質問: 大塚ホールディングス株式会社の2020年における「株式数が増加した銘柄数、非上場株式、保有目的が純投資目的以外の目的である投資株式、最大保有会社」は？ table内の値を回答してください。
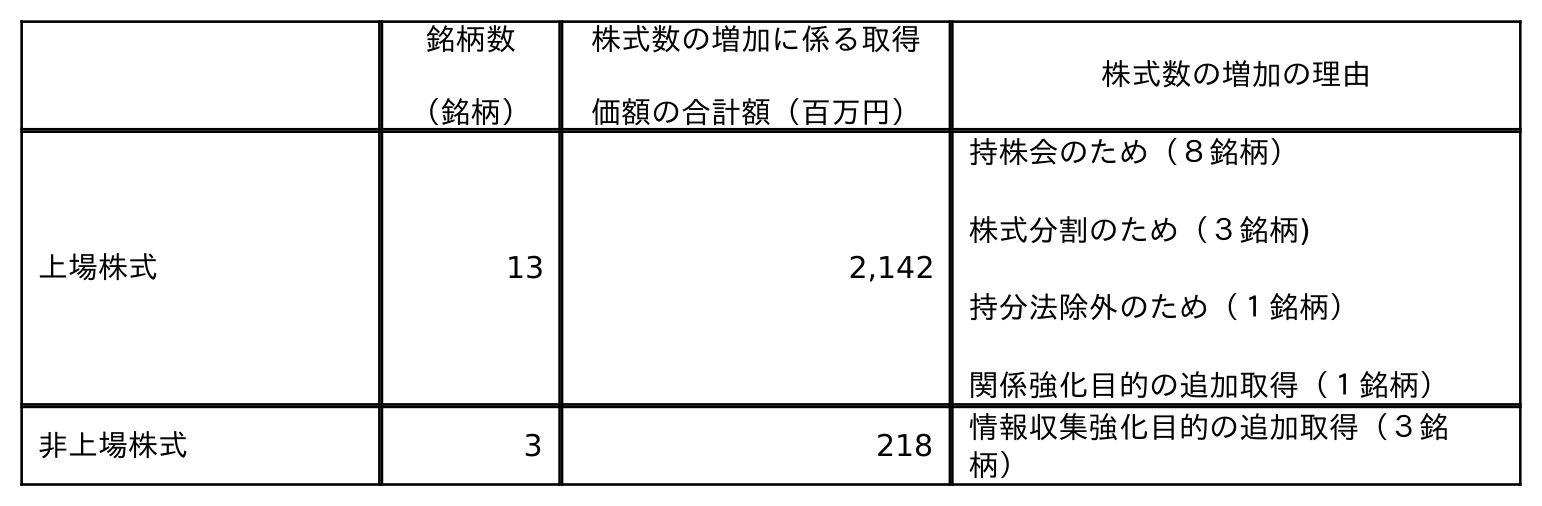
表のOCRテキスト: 銘柄数 （銘柄） 株式数の増加に係る取得 価額の合計額（百万円） 株式数の増加の理由 上場株式 13 2,142 持株会のため（８銘柄） 株式分割のため（３銘柄) 持分法除外のため（１銘柄） 関係強化目的の追加取得（１銘柄） 非上場株式 3 218 情報収集強化目的の追加取得（３銘 柄）
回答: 13